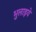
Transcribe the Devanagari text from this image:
भुलाइये